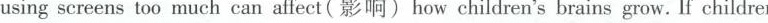
using screens too much can affect( 影响) how children's brains grow.If childre